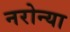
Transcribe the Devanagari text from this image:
नरोन्या